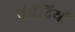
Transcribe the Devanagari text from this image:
पंचेंद्रियों